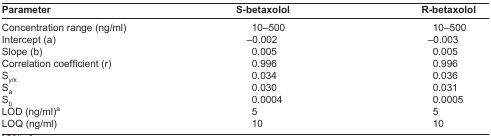
| Parameter | S-betaxolol | R-betaxolol |
 | --- | --- | --- |
 | Concentration range (ng/ml) | 10–500 | 10–500 |
 | Intercept (a) | −0.002 | −0.003 |
 | Slope (b) | 0.005 | 0.005 |
 | Correlation coefficient (r) | 0.996 | 0.996 |
 | Sy/x | 0.034 | 0.036 |
 | Sa | 0.030 | 0.031 |
 | Sb | 0.0004 | 0.0005 |
 | LOD (ng/ml)a | 5 | 5 |
 | LOQ (ng/ml) | 10 | 10 |